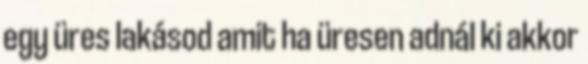
egy üres lakásod amit ha üresen adnál ki akkor